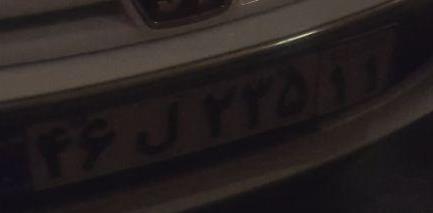
۴۶ل۲۳۵۱۱